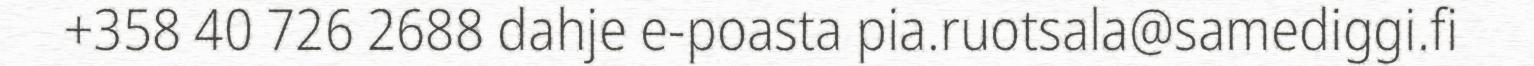
+358 40 726 2688 dahje e-poasta pia.ruotsala@samediggi.fi